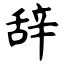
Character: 辞